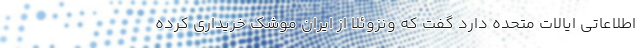
اطلاعاتی ایالات متحده دارد گفت که ونزوئلا از ایران موشک خریداری کرده